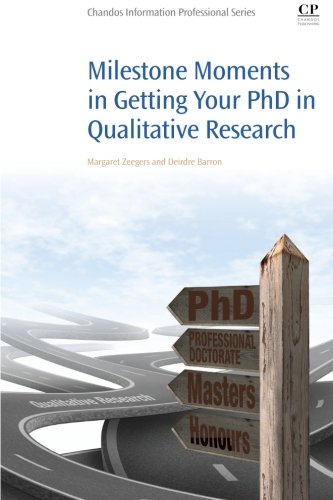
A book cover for Milestone Moments in Getting your PhD in Qualitative Research; Margaret Zeegers; Politics & Social Sciences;